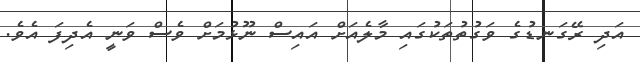
އަދި ރޭގަނޑުގެ ވަގުތުތަކުގައި މާލެއަށް އައިސް ނޫޅުމަށް ވެސް ވަނީ އެދިފަ އެވެ.